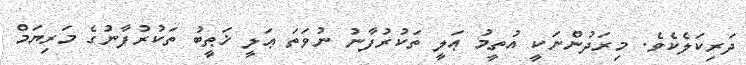
ދަރިކަލެކެވެ. މިރަދުންނަކީ އުތީމު ޢަލީ ތަކުރުފާނު ނުވަތަ ޢަލީ ޚަޠީބު ތަކުރުފާނުގެ މަރިޔަމް